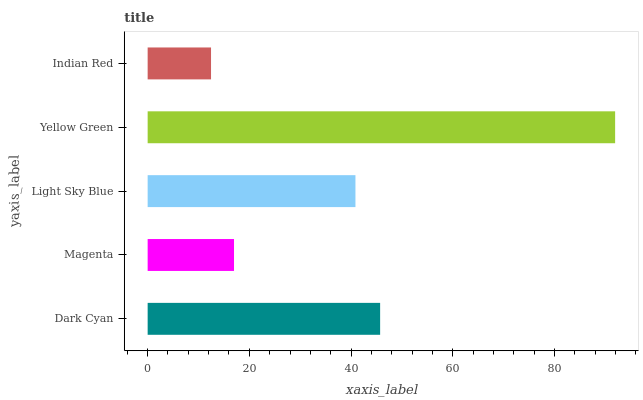
| yaxis_label | bars |
 | --- | --- |
 | Dark Cyan | 45.7 |
 | Magenta | 17 |
 | Light Sky Blue | 40.9 |
 | Yellow Green | 91.9 |
 | Indian Red | 12.5 |